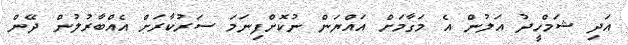
އަދި ޝަމްހީދު އަލުން އެ މަގާމަށް އައްޔަން ނުކޮށްފިނަމަ ސަރުކާރަށް އެއްބާރުލުން ދޭން